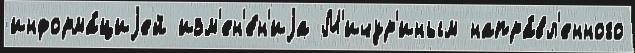
информа́циjей изм'ен'е́н'иjа М'ичур'иным напра́вл'енного